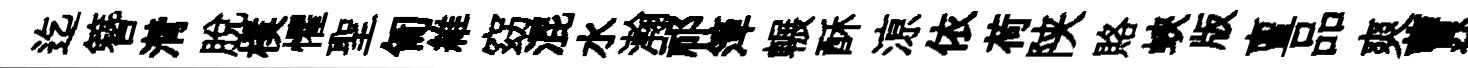
迄簪潸脫樸懼聖匍維窈混水瀚祁𥱼輾酥鿌依荷陕賂蛺版亶品爽曹犹